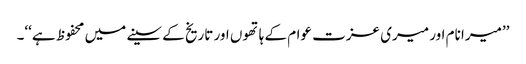
’’میرا نام اور میری عزت عوام کے ہاتھوں اور تاریخ کے سینے میں محفوظ ہے‘‘۔